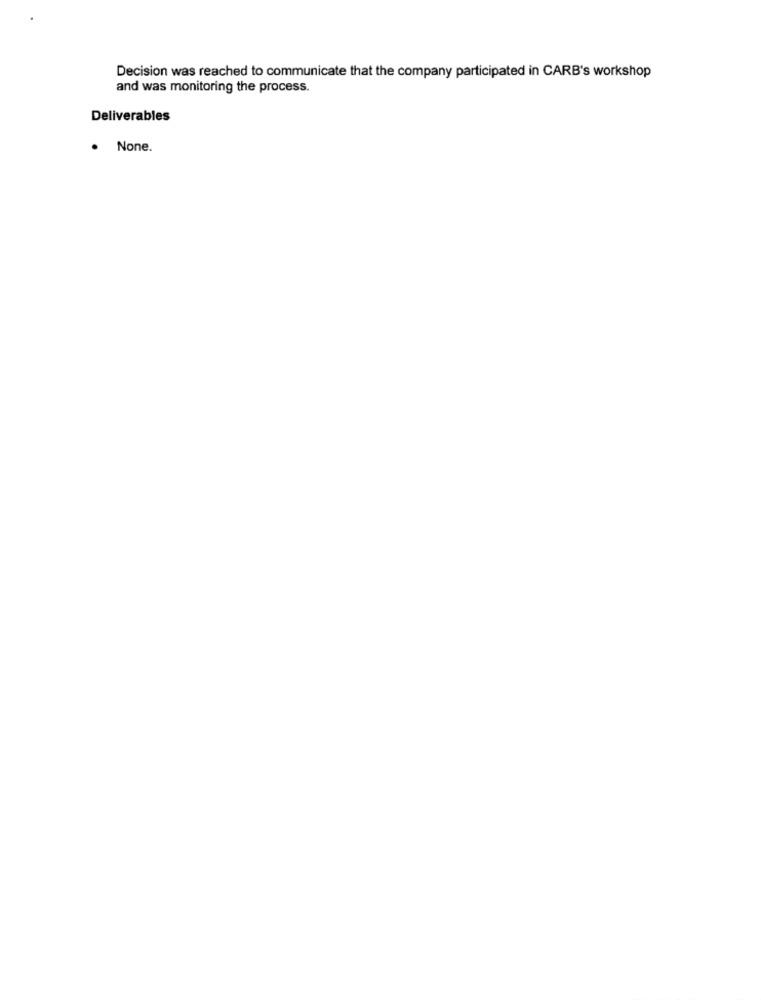
Decision was reached to communicate that the company participated in CARB's workshop
and was monitoring the process.
Deliverables
. None.